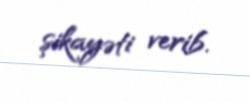
şikayəti verib.